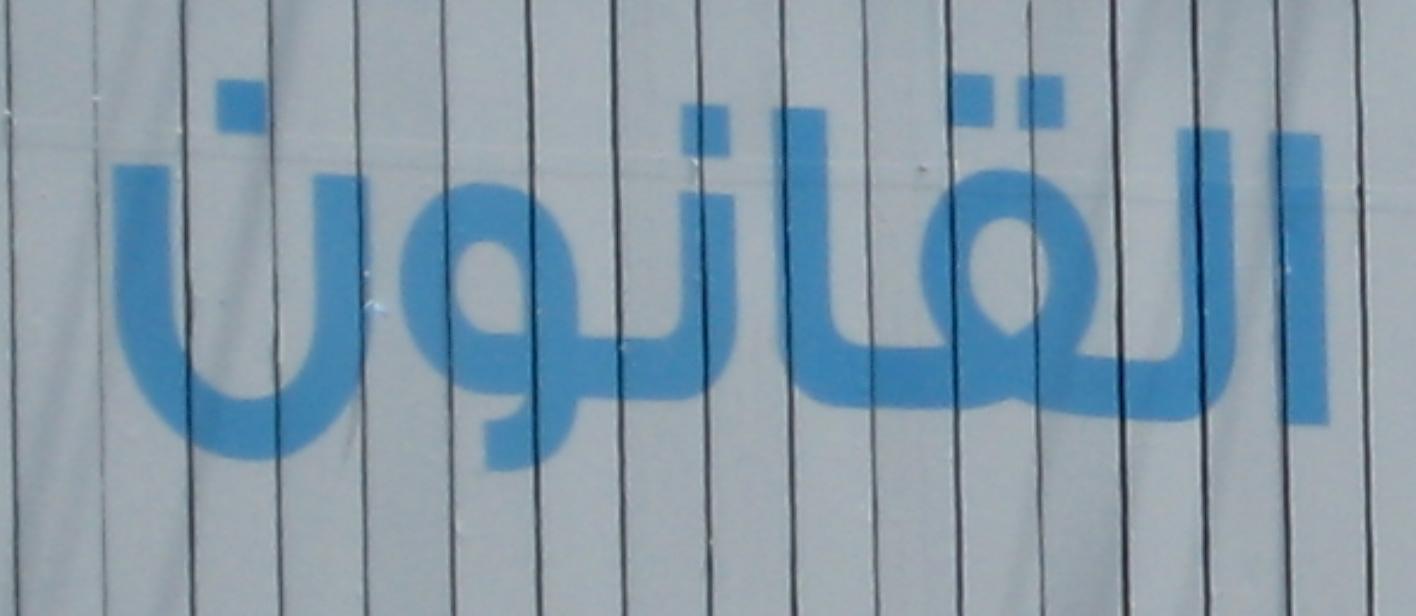
القانون